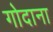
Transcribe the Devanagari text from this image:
गोदाना